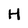
Character: H